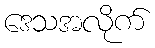
ဒေသအလိုက်